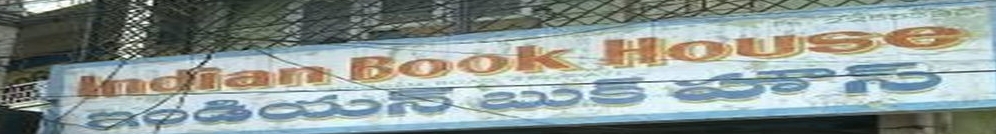
Language: telugu
Transcription: ఇండియన్ బుక్ హౌస్